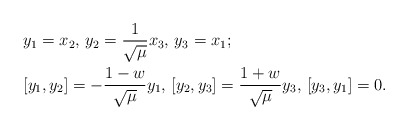
\begin{align*}&y_1=x_2, \, y_2=\frac{1}{\sqrt{\mu}}x_3, \, y_3=x_1;\\&[y_1,y_2]= -\frac{1-w}{\sqrt{\mu}}y_1, \,[y_2,y_3]= \frac{1+w}{\sqrt{\mu}}y_3, \,[y_3,y_1]= 0.\end{align*}